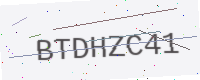
Text: BTDHZC41